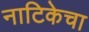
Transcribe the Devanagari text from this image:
नाटिकेचा